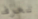
تعرف